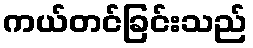
ကယ်တင်ခြင်းသည်